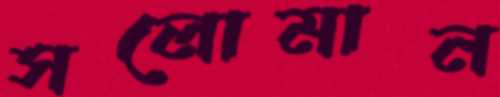
সলোমান